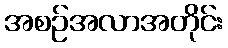
အစဉ်အလာအတိုင်း